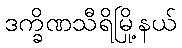
ဒက္ခိဏသီရိမြို့နယ်